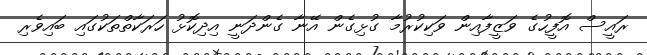
ރައީސް އޮފީހުގެ ވަޒީފާއިން ވަކިކުރުމާ ގުޅިގެން އޭނާ ގެންދަނީ އިދިކޮޅު ހަރަކާތްތަކުގައި ބައިވެރި